Madras plague regulations in force outside the Presidency town - Volume 7
Disease focus: Plague
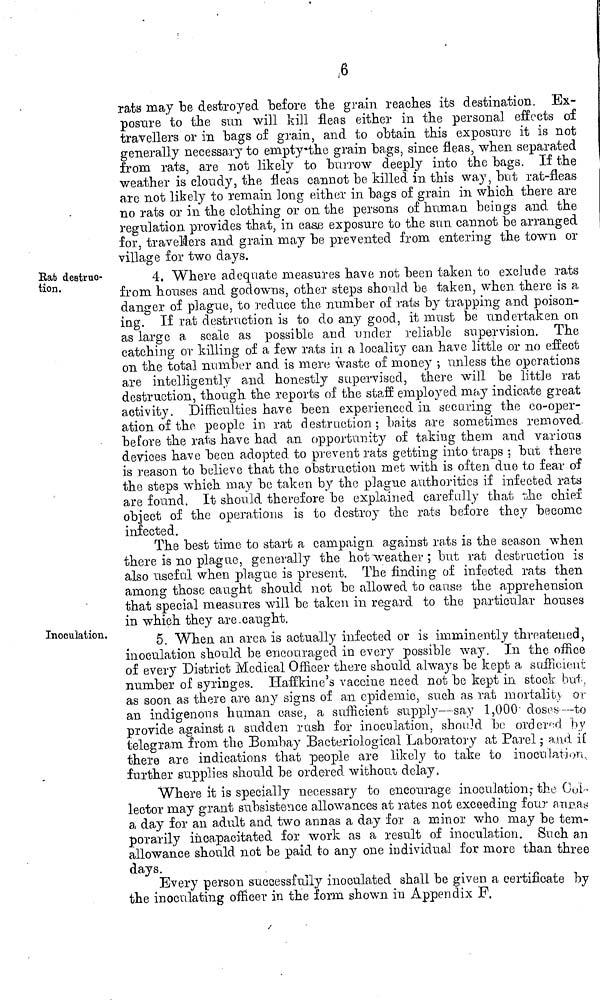
6
rats may be destroyed before the grain reaches its destination. Ex-
posure to the sun will kill fleas either in the personal effects of
travellers or in bags of grain, and to obtain this exposure it is no1
generally necessary to empty the grain bags, since fleas, when separated
from rats, are not likely to burrow deeply into the bags. If the
weather is cloudy, the fleas cannot be killed in this way, but rat-fleas
are not likely to remain long either in bags of grain in which there art
no rats or in the clothing or on the persons of human beings and the
regulation provides that, in case exposure to the sun cannot be arranged
for, travelers and grain may be prevented from entering the town 03
village for two days.
Rat destruc-
tion.
4. Where adequate measures have not been taken to exclude rats
from houses and god owns, other steps should be taken, when there is a
danger of plague, to reduce the number of rats by trapping and poison-
ing. If rat destruction is to do any good, it must be undertaken on
as large a scale as possible and under reliable supervision. The
catching or killing of a few rats in a locality can have little or no efíect
on the total number and. is mero waste of money ; unless the operations
are intelligently and honestly supervised, there will be little rat
destruction, though the reports of the staff employed may indicate great
activity. Difficulties have been experienced in securing the co-oper-
ation of the people in rat destruction ; baits are sometimes removed,
before the rats have had an opportunity of taking them and various
devices have been adopted to prevent rats getting into traps ; but there
is reason to believe that the obstruction met with is often duo to fear of
the steps which may be taken by the plague authorities if infected rats
are found. It should therefore be explained carefully that the chief
object of the operations is to destroy the rats before they become
infected.
The best time to start a campaign against rats is the season when
there is no plague, generally the hot weather ; but rat destruction is
also useful when plague is present. The finding of infected rats then
among those caught should not bo allowed to cause the apprehension,
that special measures will be taken in regard to the particular houses
in which they are.caught.
Inoculation,
5. When an area is actually infected or is imminently threatened,
inoculation should be encouraged in every possible way. In the office
of every District Medical Officer there should always be kept a sufficeint
number of syringes. Haffkine's vaccine need not be kept in stock but,
as soon as there are any signs of an epidemic, such as rat mortality or
an indigenous human case, a sufficient supply—say 1,000 doses— to
provide against a sudden rush for inoculation, should be ordered by
telegram from the Bombay Bacteriological Laboratory at Parel ; and if
there are indications that people are likely to take to inoculation,
further supplies should be ordered without delay,
Where it is specially necessary to encourage inoculation,- the col-
lector may grant subsistence allowances at rates not exceeding four anras
a day for an adult and two annas a day for a minor who may be tem-
porarily incapacitated for work as a result of inoculation. Such an
allowance should not be paid to any one individual for more than three
days.
Every person successfully inoculated shall be given a certificate by
the inoculating officer in the form shown in Appendix F.